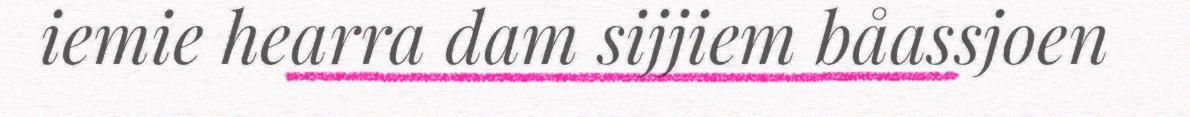
iemie hearra dam sijjiem båassjoen